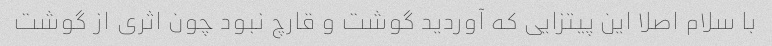
با سلام اصلا این پیتزایی که آوردید گوشت و قارچ نبود چون اثری از گوشت